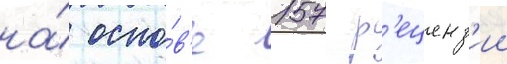
на́ осно́в'е 157 р'еценз'ии